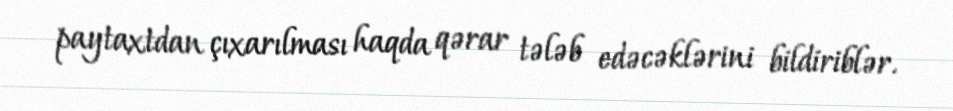
paytaxtdan çıxarılması haqda qərar tələb edəcəklərini bildiriblər.